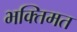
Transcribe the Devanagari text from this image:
भक्तिमत